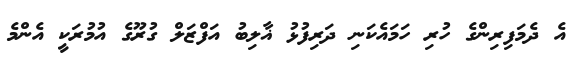
އެ ދެމަފިރިންގެ ހުރި ހަމައެކަނި ދަރިފުޅު ޣާލިބު އަފްޒަލް ގުރޫގެ އުމުރަކީ އެންމެ